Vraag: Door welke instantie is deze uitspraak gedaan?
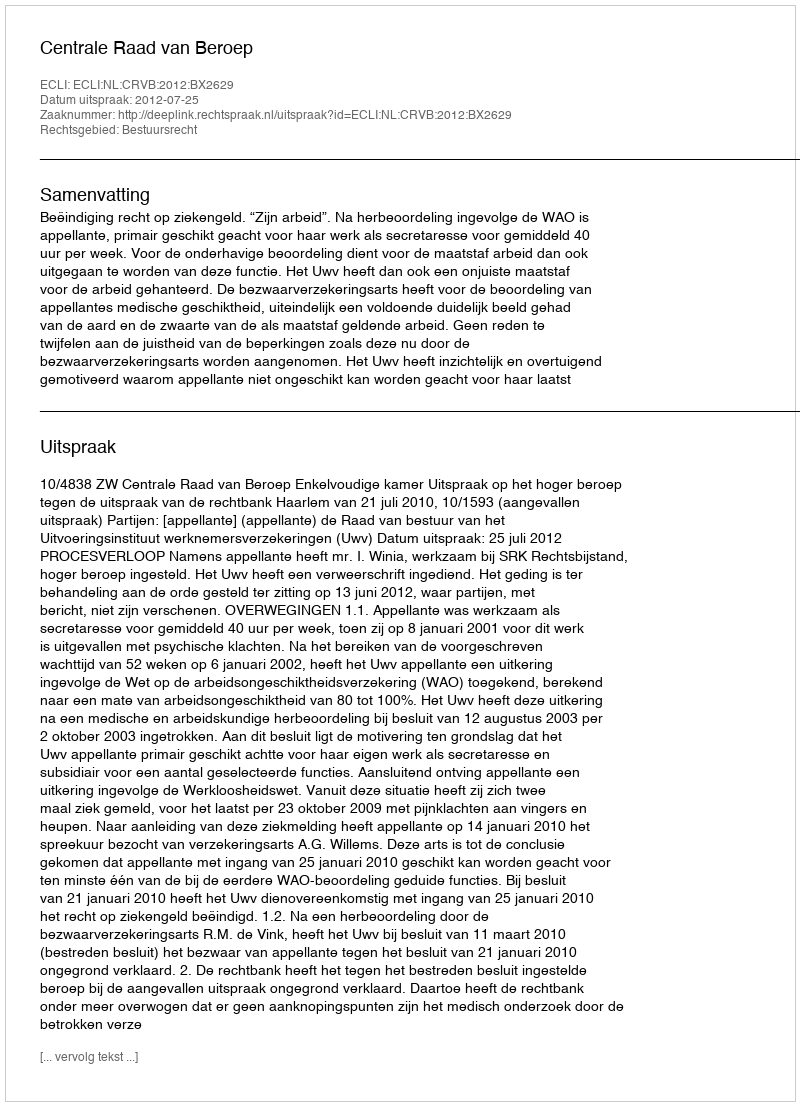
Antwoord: Centrale Raad van Beroep